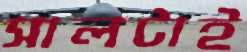
সালটাই